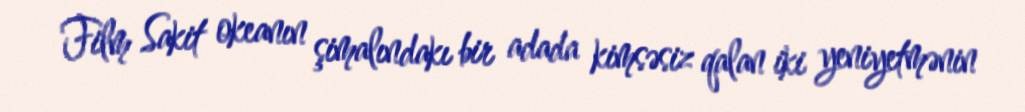
Film Sakit okeanın şimalındakı bir adada kimsəsiz qalan iki yeniyetmənin